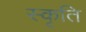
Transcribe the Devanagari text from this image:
स्कृति